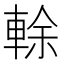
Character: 𨌎